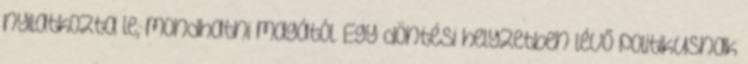
nyilatkozta le, mondhatni magától. Egy döntési helyzetben lévő politikusnak